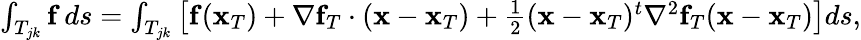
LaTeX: \begin{array}{r}{\int_{T_{jk}}{\mathbf f}\, ds=\int_{T_{jk}}\left[{\mathbf f}({\mathbf x}_{T})+\nabla{\mathbf f}_{T}\cdot({\mathbf x}-{\mathbf x}_{T})+\frac{1}{2}({\mathbf x}-{\mathbf x}_{T})^{t}\nabla^{2}{\mathbf f}_{T}({\mathbf x}-{\mathbf x}_{T})\right]ds,}\end{array}